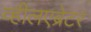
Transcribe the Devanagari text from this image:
व्हीलएब्रेटर